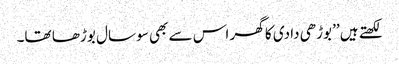
لکھتے ہیں ’’بوڑھی دادی کا گھر اس سے بھی سو سال بوڑھا تھا۔